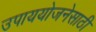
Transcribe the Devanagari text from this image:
उपाययोजनेसाठी